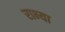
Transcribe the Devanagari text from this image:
राभ्या